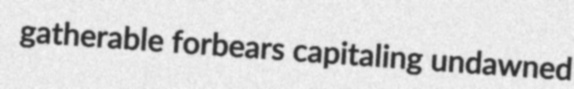
gatherable forbears capitaling undawned